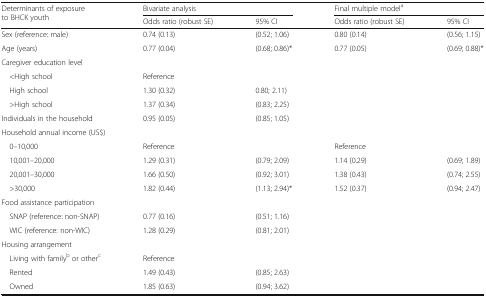
<table><thead><tr><td rowspan="2"><b>Determinants of exposure to BHCK youth</b></td><td colspan="2"><b>Bivariate analysis</b></td><td colspan="2"><b>Final multiple model<sup>a</sup></b></td></tr><tr><td><b>Odds ratio (robust SE)</b></td><td><b>95% CI</b></td><td><b>Odds ratio (robust SE)</b></td><td><b>95% CI</b></td></tr></thead><tbody><tr><td>Sex (reference: male)</td><td>0.74 (0.13)</td><td>(0.52; 1.06)</td><td>0.80 (0.14)</td><td>(0.56; 1.15)</td></tr><tr><td>Age (years)</td><td>0.77 (0.04)</td><td>(0.68; 0.86)*</td><td>0.77 (0.05)</td><td>(0.69; 0.88)*</td></tr><tr><td colspan="5">Caregiver education level</td></tr><tr><td> &lt;High school</td><td>Reference</td><td></td><td></td><td></td></tr><tr><td> High school</td><td>1.30 (0.32)</td><td>0.80; 2.11)</td><td></td><td></td></tr><tr><td> &gt;High school</td><td>1.37 (0.34)</td><td>(0.83; 2.25)</td><td></td><td></td></tr><tr><td>Individuals in the household</td><td>0.95 (0.05)</td><td>(0.85; 1.05)</td><td></td><td></td></tr><tr><td colspan="5">Household annual income (US$)</td></tr><tr><td> 0–10,000</td><td>Reference</td><td></td><td>Reference</td><td></td></tr><tr><td> 10,001–20,000</td><td>1.29 (0.31)</td><td>(0.79; 2.09)</td><td>1.14 (0.29)</td><td>(0.69; 1.89)</td></tr><tr><td> 20,001–30,000</td><td>1.66 (0.50)</td><td>(0.92; 3.01)</td><td>1.38 (0.43)</td><td>(0.74; 2.55)</td></tr><tr><td> &gt;30,000</td><td>1.82 (0.44)</td><td>(1.13; 2.94)*</td><td>1.52 (0.37)</td><td>(0.94; 2.47)</td></tr><tr><td colspan="5">Food assistance participation</td></tr><tr><td> SNAP (reference: non-SNAP)</td><td>0.77 (0.16)</td><td>(0.51; 1.16)</td><td></td><td></td></tr><tr><td> WIC (reference: non-WIC)</td><td>1.28 (0.29)</td><td>(0.81; 2.01)</td><td></td><td></td></tr><tr><td colspan="5">Housing arrangement</td></tr><tr><td> Living with family<sup>b</sup> or other<sup>c</sup></td><td>Reference</td><td></td><td></td><td></td></tr><tr><td> Rented</td><td>1.49 (0.43)</td><td>(0.85; 2.63)</td><td></td><td></td></tr><tr><td> Owned</td><td>1.85 (0.63)</td><td>(0.94; 3.62)</td><td></td><td></td></tr></tbody></table>